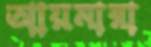
আয়মারা